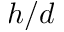
h / d